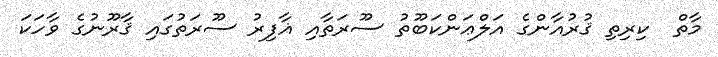
މާތް  ކިރިތި ޤުރުއާންގެ އަލްޢަންކަބޫތު ސޫރަތާއި ޣާފިރު ސޫރަތުގައި ޤާރޫނުގެ ވާހަކަ